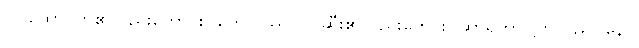
ဝါ၊ ထောပတ်၏လည်းကောင်း။ တေလဿ ဝါ၊ ဆီး၏လည်းကေင်း။ ဆာရိကာ၊ ပြာသည်။ နေဝ